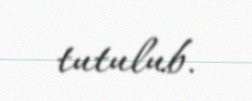
tutulub.